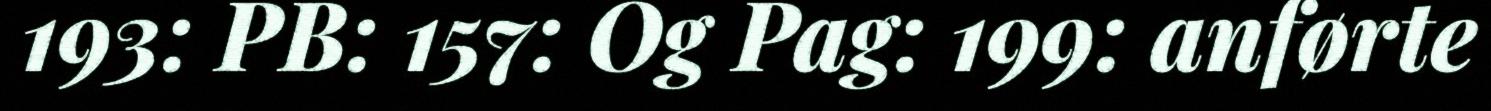
193: PB: 157: Og Pag: 199: anførte